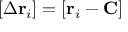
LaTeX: \left[ \Delta \mathbf { r } _ { i } \right] = \left[ \mathbf { r } _ { i } - \mathbf { C } \right]